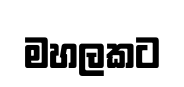
මහලකට